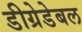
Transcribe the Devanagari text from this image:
डीग्रेडेबल